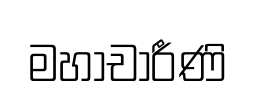
මහාචාරීණි